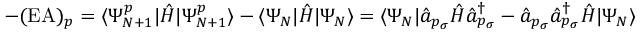
- ( \mathrm { E A } ) _ { p } = \langle \Psi _ { N + 1 } ^ { p } | \hat { H } | \Psi _ { N + 1 } ^ { p } \rangle - \langle \Psi _ { N } | \hat { H } | \Psi _ { N } \rangle = \langle \Psi _ { N } | \hat { a } _ { p _ { \sigma } } \hat { H } \hat { a } _ { p _ { \sigma } } ^ { \dagger } - \hat { a } _ { p _ { \sigma } } \hat { a } _ { p _ { \sigma } } ^ { \dagger } \hat { H } | \Psi _ { N } \rangle